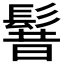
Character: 𩭡